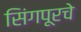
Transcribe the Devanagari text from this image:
सिंगपूरचे